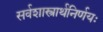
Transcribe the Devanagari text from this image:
सर्वशास्त्रार्थनिर्णयः